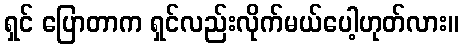
ရှင် ပြောတာက ရှင်လည်းလိုက်မယ်ပေါ့ဟုတ်လား။